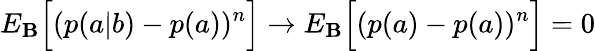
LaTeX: {E}_{\mathbf{B}}\Big[(p(a|b)-p(a))^{n}\Big]\rightarrow{E}_{\mathbf{B}}\Big[(p(a)-p(a))^{n}\Big]=0